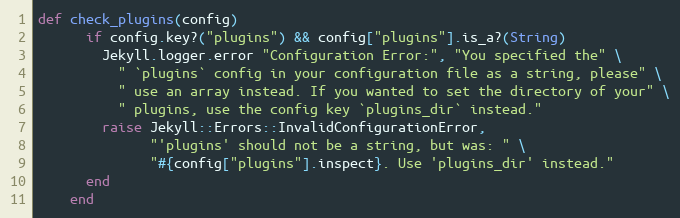
Language: Ruby
def check_plugins(config)
      if config.key?("plugins") && config["plugins"].is_a?(String)
        Jekyll.logger.error "Configuration Error:", "You specified the" \
          " `plugins` config in your configuration file as a string, please" \
          " use an array instead. If you wanted to set the directory of your" \
          " plugins, use the config key `plugins_dir` instead."
        raise Jekyll::Errors::InvalidConfigurationError,
              "'plugins' should not be a string, but was: " \
              "#{config["plugins"].inspect}. Use 'plugins_dir' instead."
      end
    end